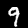
Label: 9